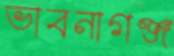
ভাবনাগঞ্জ